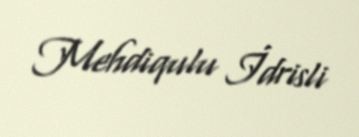
Mehdiqulu İdrisli